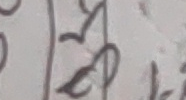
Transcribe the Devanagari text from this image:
३१